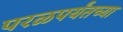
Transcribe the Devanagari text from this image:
परळपर्यंतच्या